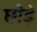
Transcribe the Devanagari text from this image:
छोड़े़